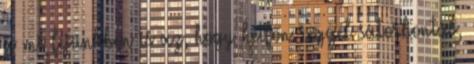
a mi fejünkben is az, hogy hétfőn reggel sátorbontás,